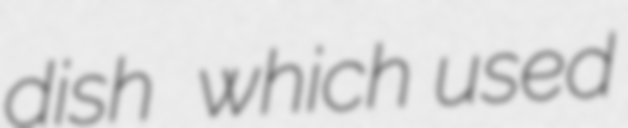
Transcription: dish  which used